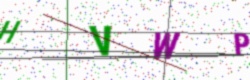
Text: HVWP